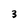
Character: 3